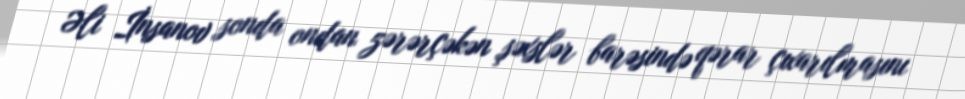
Əli İnsanov sonda ondan zərərçəkən şəxslər barəsində qərar çıxarılmasını